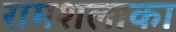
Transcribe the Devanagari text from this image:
रामशलाका